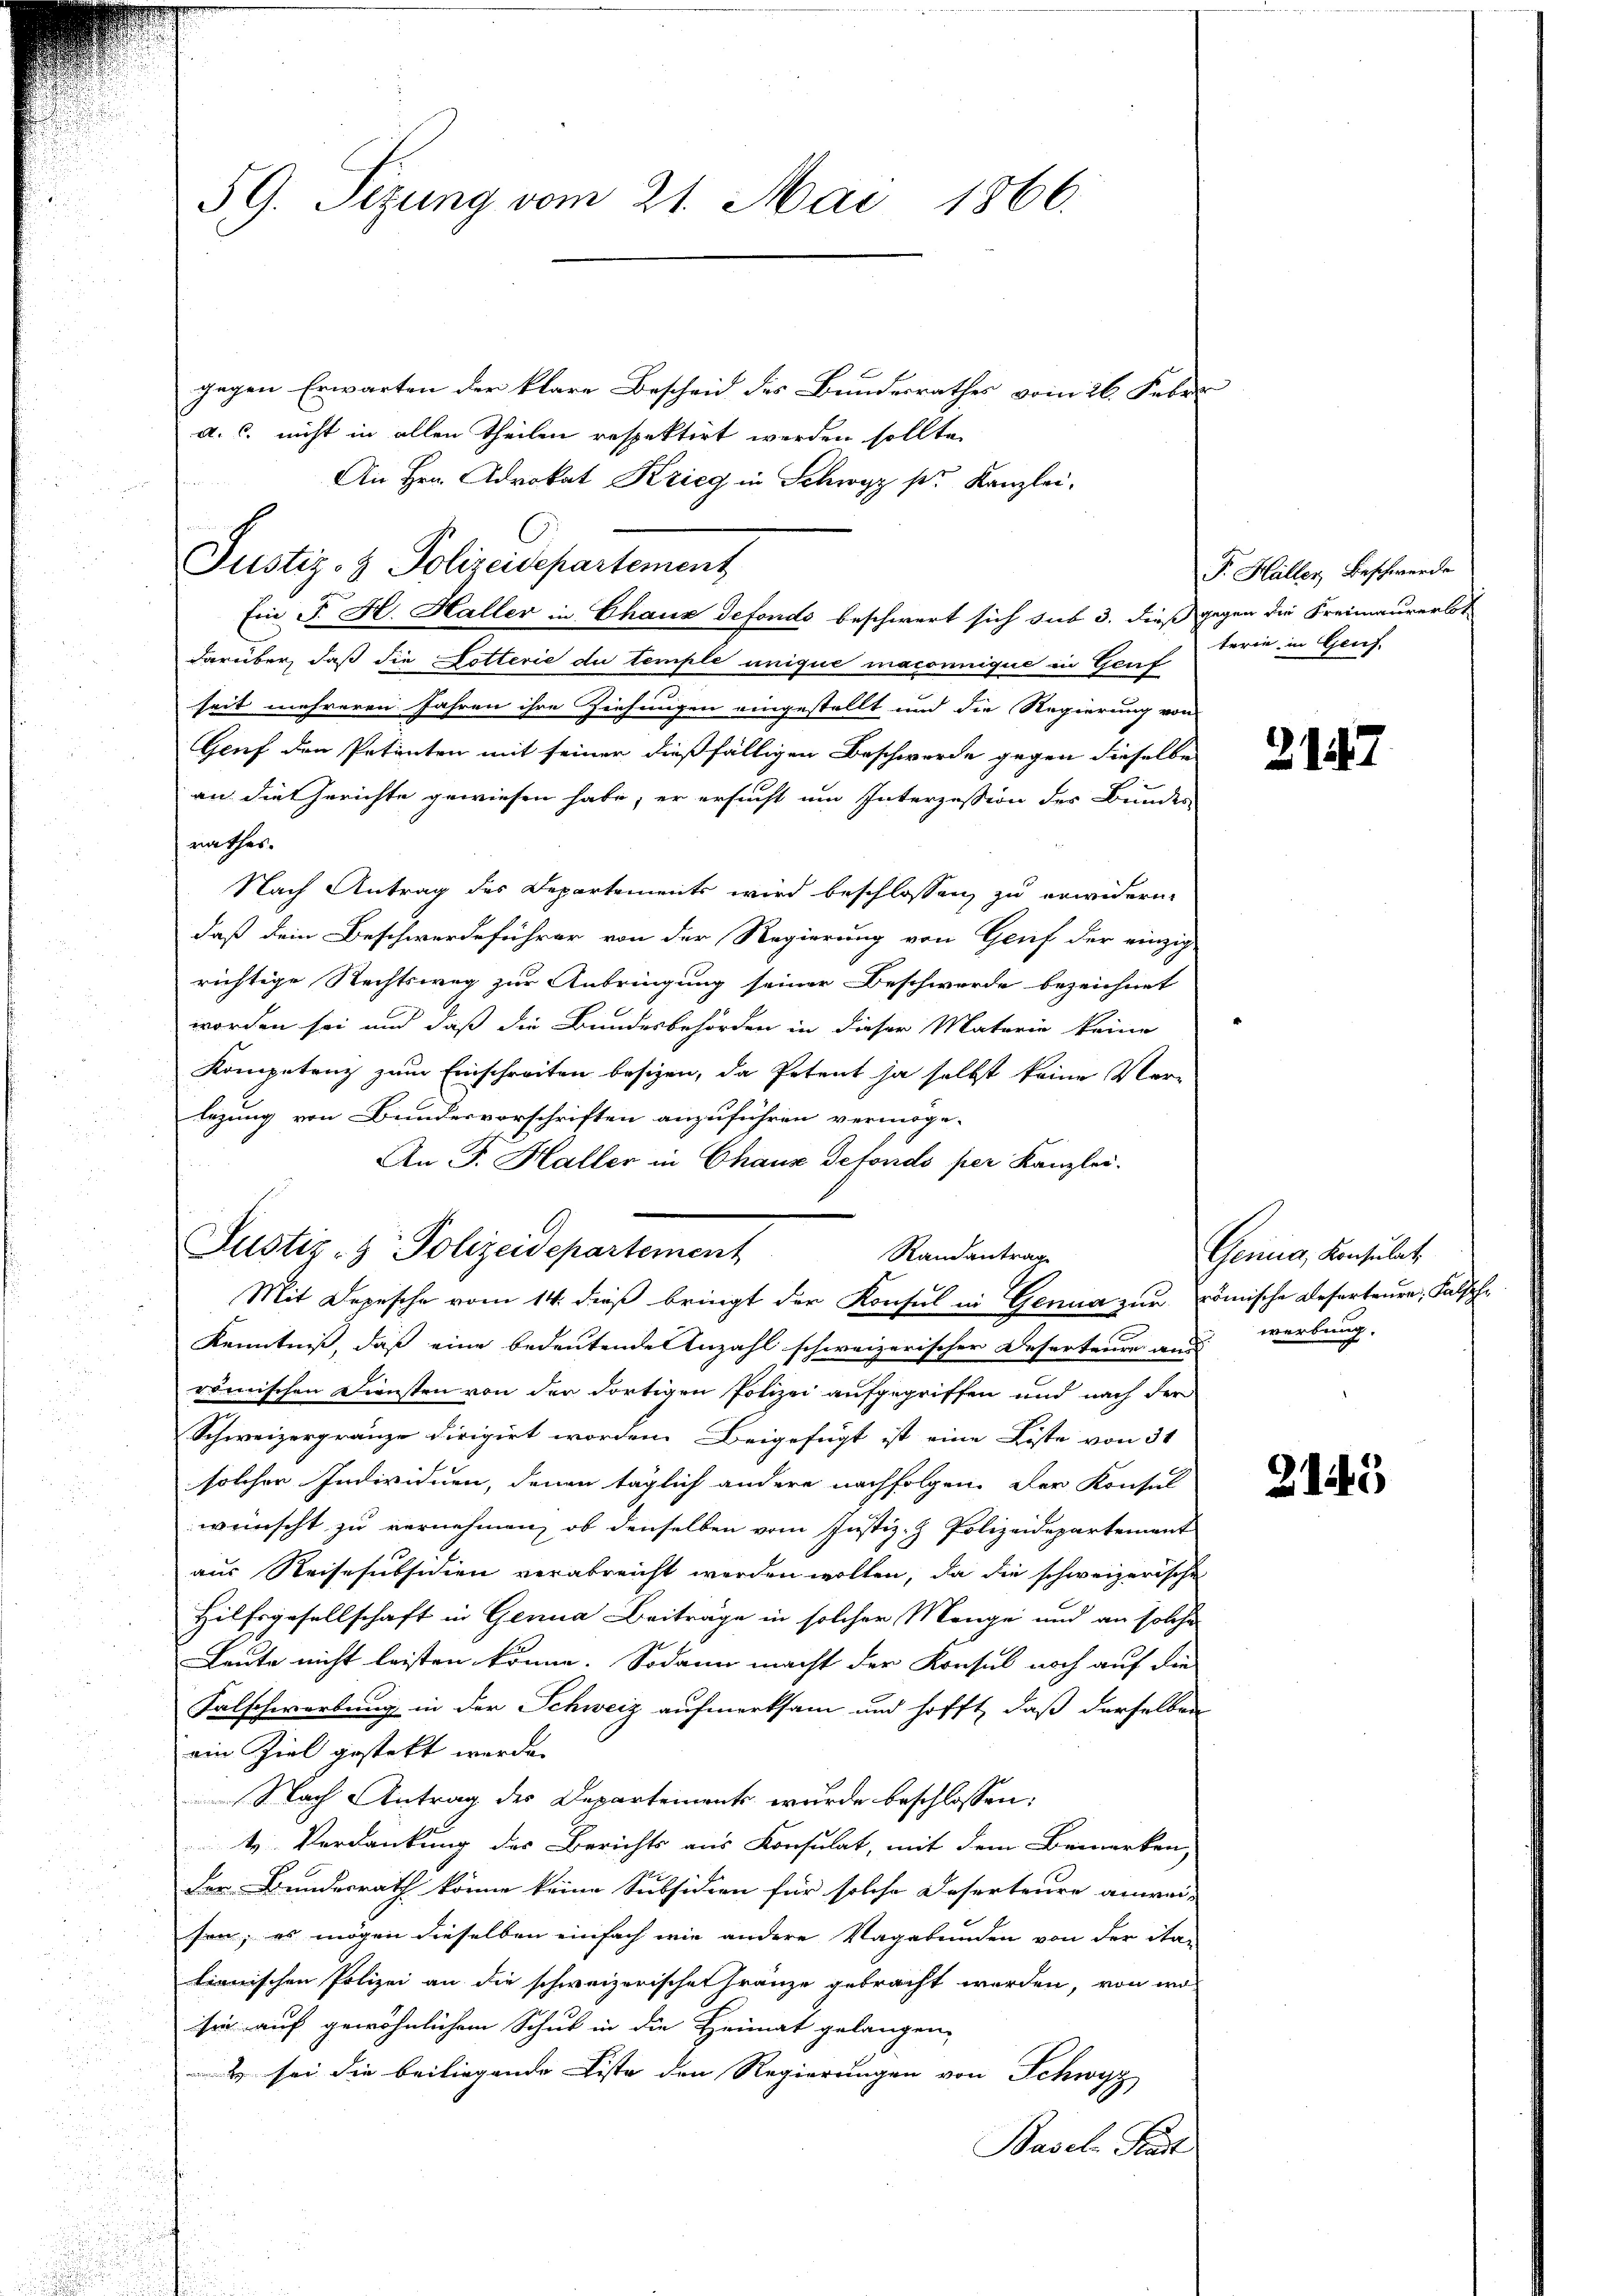
59. Sizung vom 21. Mai 1866.

gegen Erwarten der klare Bescheid des Bundesrathes vom 26. Feber
a. c. nicht in allen Theilen respektirt werden sollte,

An Hrn. Advokat Krieg in Schwyz pr. Kanzlei.
Ein J. H. Haller in Chaux defonds beschwert sich sub 3. dieß gegen die Freimaurerlot
darüber, daß die Dotterie du temple unique maconnique in Genf
seit mehreren Jahren ihre Ziehungen eingestellt und die Regierung von
Gruf den Petenten mit seiner dießfälligen Beschwerde gegen dieselbe
an die Gerichte gewiesen habe, er ersucht um Interzession der Bundes
rathes.
Nach Antrag des Departements wird beschlossen, zu erwidern
daß dein Beschwerdeführer von der Regierung von Gruf der einzig
richtige Rechtsweg zur Anbringung seiner Beschwerde bezeichnet
worden sei und daß die Bundesbehörden in dieser Materie keine
Kompetenz zum Einschreiten besizen, da Petent ja selbst keine Ver-
legung von Bundesvorschriften anzuführen vermöge.
An F. Haller in Chaux detondo per Kanzlei.
Randantrag
Mit Depesche vom 14. dieß bringt der Konsul in Genua zur römische Deserteure, Falschd
Kenntniß, daß eine bedeutenden Anzahl schweizerischer Deserteure und werbung.
i
römischen Diensten von der dortigen Polizei aufgegriffen und nach der
Schweizergränze dirigirt worden. Beigefügt ist eine Liste von 31
solcher Individuen, denen täglich andere nachfolgen. Der Konsul
wünscht zu vernehmen, ob denselben vom Justiz- & Polizeidepartement
aus Reisesubsidien verabreicht werden wollen, da die schweizerische
Hilfsgesellschaft in Genua Beiträge in solcher Mange und an solche
Leute nicht leisten könne. Sodann macht der Konsul noch auf die
Falschwerbung in der Schweiz aufmerksam und hofft, daß derselben
ein Ziel gestekt werde.
Nach Antrag des Departements wurde beschlossen:
k. Verdankung des Berichts aus Konsulat, mit dem Bemerken,
der Bundesrath könne keine Subsidien für solche Deserteure anwei-
sen; es mögen dieselben einfach wie andere Vagabunden von der ita-
tienischen Polizei an die schweizerischen Fränze gebracht werden, von wo
sie auf gewöhnlichem Schub in die Heimat gelangen,
& sei die beiliegende Liste den Regierungen von Schwyz
Basel. Stadt

Justiz- & Polizeidepartement

Justiz- & Polizeidepartement

P. Hüller Beschwerde
terie, in Grief.

2147

Genua, Konsulat

245